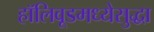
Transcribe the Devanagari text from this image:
हॉलिवूडमध्येसुद्धा